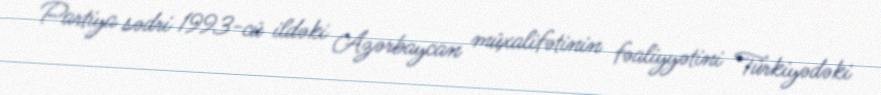
Partiya sədri 1993-cü ildəki Azərbaycan müxalifətinin fəaliyyətini Türkiyədəki